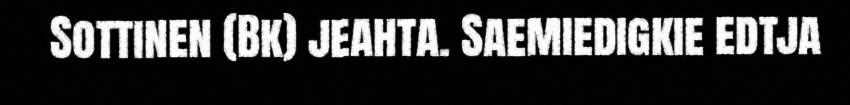
Sottinen (Bk) jeahta. Saemiedigkie edtja